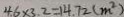
4 . 6 \times 3 . 2 = 1 4 . 7 2 ( m ^ { 2 } )